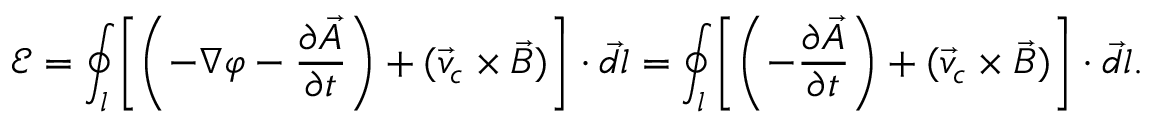
\mathcal E = \oint _ { l } \left[ \left( - \nabla \varphi - \frac { \partial \vec { A } } { \partial t } \right) + ( \vec { v } _ { c } \times \vec { B } ) \right] \cdot \vec { d l } = \oint _ { l } \left[ \left( - \frac { \partial \vec { A } } { \partial t } \right) + ( \vec { v } _ { c } \times \vec { B } ) \right] \cdot \vec { d l } .